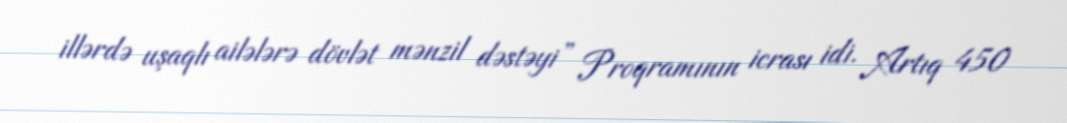
illərdə uşaqlı ailələrə dövlət mənzil dəstəyi” Proqramının icrası idi. Artıq 450